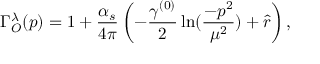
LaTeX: \Gamma _ { O } ^ { \lambda } ( p ) = 1 + \frac { \alpha _ { s } } { 4 \pi } \left( - \frac { \gamma ^ { ( 0 ) } } { 2 } \ln ( \frac { - p ^ { 2 } } { \mu ^ { 2 } } ) + \hat { r } \right) ,